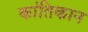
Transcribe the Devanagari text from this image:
कांतिकान